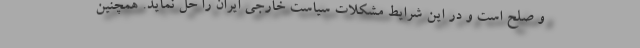
و صلح است و در این شرایط مشکلات سیاست خارجی ایران را حل نماید. همچنین